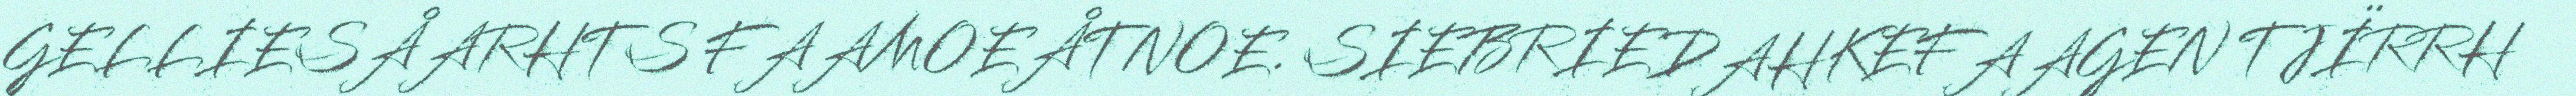
GELLIESÅARHTS FAAMOEÅTNOE. SIEBRIEDAHKEFAAGEN TJÏRRH